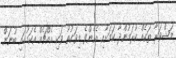
މަޝްވަރާ ތަކެއް ކުރަމުންދާ ކަމަށާއި އެހެންވެ މިވަގުތު ވަކި އެއްޗެއް އެކަމުގައި ބުނަން